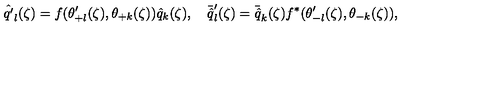
{ \hat { q ^ { \prime } } } _ { l } ( \zeta ) = f ( \theta _ { + l } ^ { \prime } ( \zeta ) , \theta _ { + k } ( \zeta ) ) { \hat { q } } _ { k } ( \zeta ) , \quad { \bar { \hat { q } } } _ { l } ^ { \prime } ( \zeta ) = { \bar { \hat { q } } } _ { k } ( \zeta ) f ^ { * } ( \theta _ { - l } ^ { \prime } ( \zeta ) , \theta _ { - k } ( \zeta ) ) ,